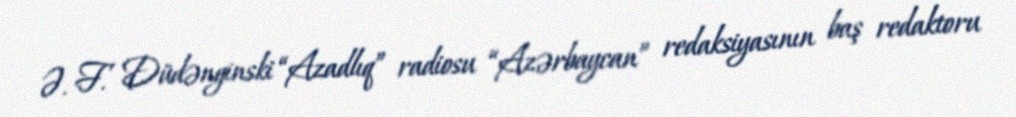
Ə. F. Düdənginski “Azadlıq” radiosu “Azərbaycan” redaksiyasının baş redaktoru